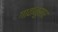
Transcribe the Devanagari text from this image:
गावानुसार